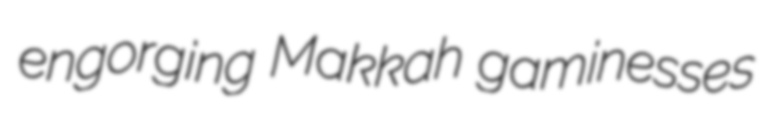
engorging Makkah gaminesses